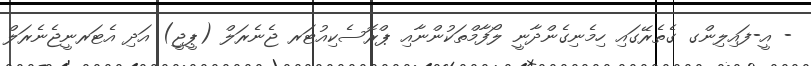
- އީ-ފައިލިންގ ގެތެރޭގައި ހިމެނިގެންދާނީ ލޯފާމްތަކުންނާއި ޕްރޮސެކިއުޓަރ ޖެނެރަލް (ޕީޖީ) އަދި އެޓަރނީޖެނެރަލް